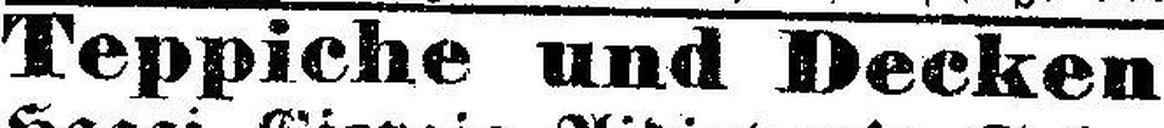
Teppiche und Decken